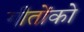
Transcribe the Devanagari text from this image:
गीतोंको